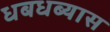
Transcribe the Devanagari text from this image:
धबधब्यास